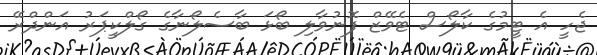
ޖެހީ އެ ޓީމުގެ ކާލޯސް ޓެވޭޒް ފޮނުވާލި ބޯޅަ ބާސެލޯނާގެ ގޯލްކީޕަރު އަންދްރޭ